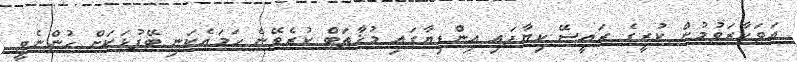
އަވަހާރަވުމުން ކުރީގެ ރައީސޭ ކިޔާފައި އިންޑިޔާގައި މުޚާޠަބް ކުރެވޭނެ ހަމައެކަނި ބޭފުޅަކަށް ހުންނެވީ